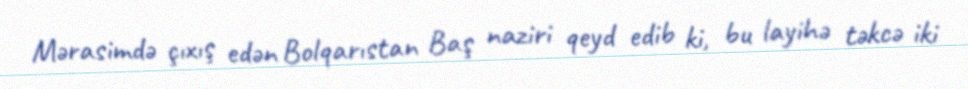
Mərasimdə çıxış edən Bolqarıstan Baş naziri qeyd edib ki, bu layihə təkcə iki